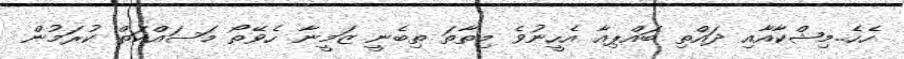
ހެހެ..މިޝްކާއާއި ދައްތި ބައްޕިއާ އެހީނުވެ މިތާތަ ތިބެނީ ޒަމީނާ ހެވޭތޯ މަސައްކަތް ކުރަމުން